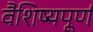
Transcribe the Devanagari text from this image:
वैशिष्यपूर्ण